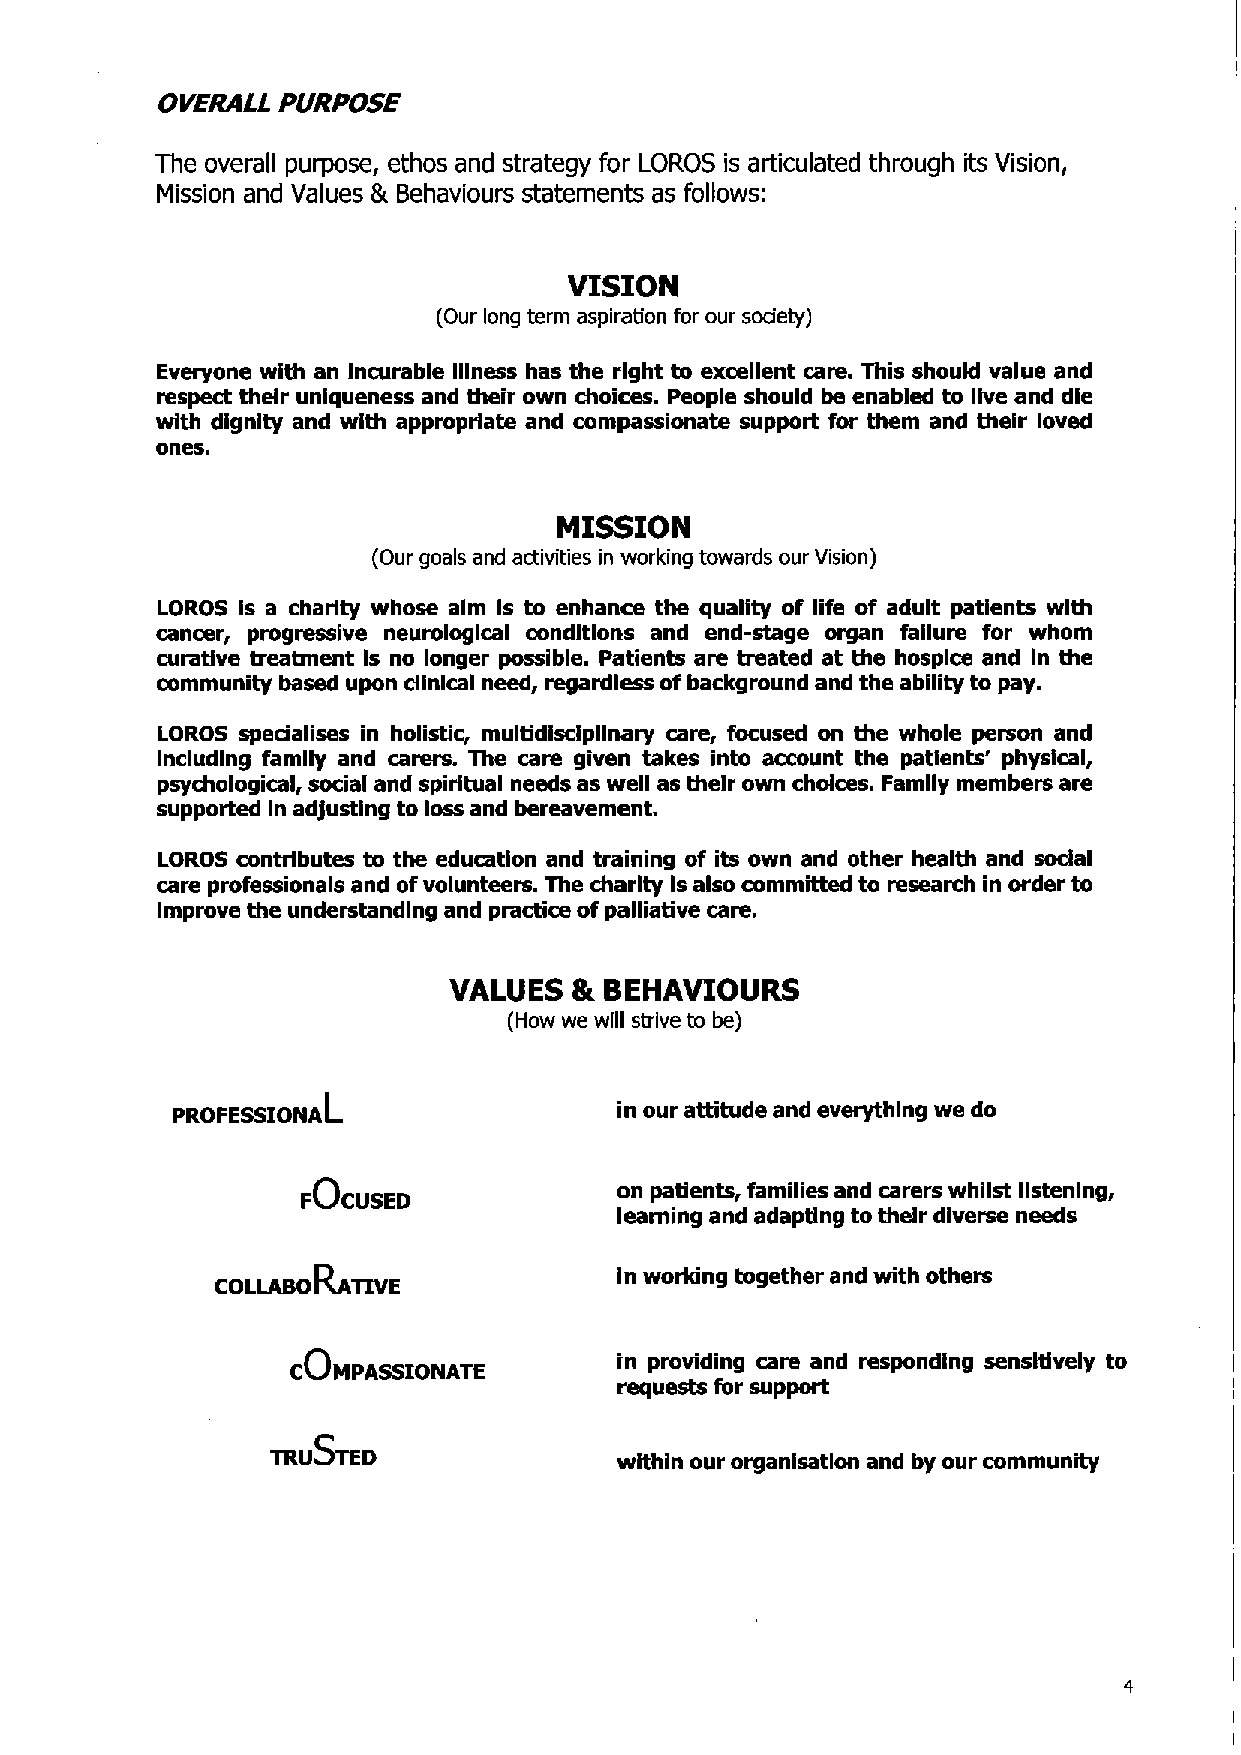
OVERALL PURPOSE
 The overall purpose, ethos and strategy for LOROS is articulated through its Vision,
 Mission and Values 5.Behaviours statements as follows:
 VISION
 (Our long term aspiration for our society)
 Everyone with an Incurable Illness has the right to excellent care. This should value and
 respect their uniqueness and their own choices. People should be enabled to live and die
 with dignity and with appropriate and compassionate support for them and their loved
 ones.
 MISSION
 (Our goals and activities in working towards our Vision)
 LORDS Is a charity whose aim Is to enhance the quality of life of adult patients with
 cancer, progressive neurological conditions and end-stage organ failure for whom
 curative treatment Is no longer possible. Patients are treated at the hospice and In the
 community based upon dinlcal need, regardless ofbackground and the ability to pay.
 LORDS spedalises in holistic, multidiscipllnary care, focused on the whole person and
 Including family and carers. The care given takes into account the patients' physical,
 psychological, social and spiritual needs as well as their own choices. Family members are
 supported In adjusting to loss and bereavement.
 LORDS contributes to the education and training of its own and other health and sodal
 care professionals and ofvolunteers. The charity Is also committed to research in order to
 Improve the understanding and practice ofpalliative care.
 VALUES  8tBEHAVIOURS
 (How we will strive to be)
 learning
 pRDFEssIQNaL                  in our athtude and everything we do
 on patients, families and carers whilst listening,
 FOCUSED
 and adapting to their diverse needs
 Ra                  In working together and with others
 COLLaso  TIVE
 in providing care and responding sensitively to
 COMpasszoFiaTE
 requests for support
 TRUSTED                within our organisation and by our community